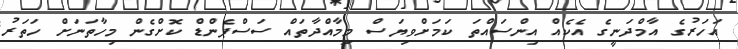
އަހަރުގެ އާމްދަނީގެ އެކެއް އިންސައްތަ ކަމަށްވިޔަސް މިމާއްދާތައް ސަސްޕެންޑް ކޮށްގެން މިހާތަނަށް ހަތަރު